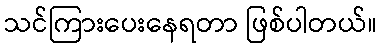
သင်ကြားပေးနေရတာ ဖြစ်ပါတယ်။